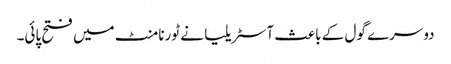
دوسرے گول کے باعث آسٹریلیا نے ٹورنامنٹ میں فتح پائی۔